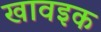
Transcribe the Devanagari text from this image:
खावइक